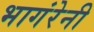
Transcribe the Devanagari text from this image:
भागंरेनी